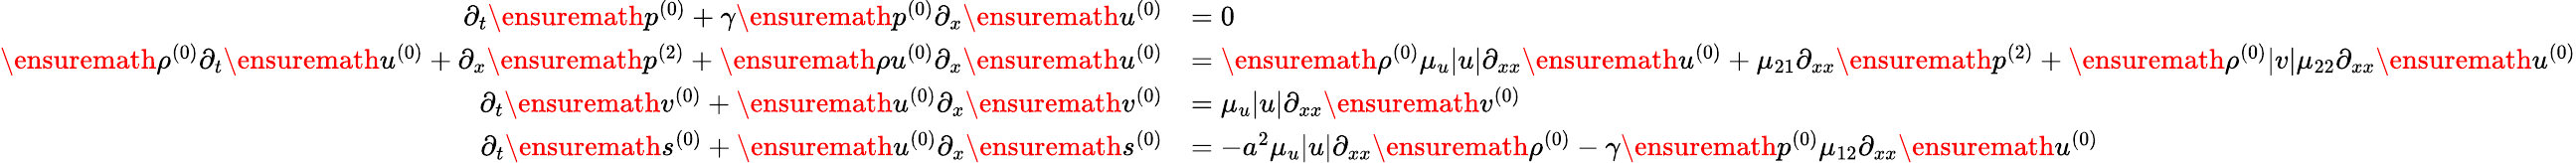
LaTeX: \begin{array}{rl}{\partial_{t}\ensuremath{p^{(0)}}+\gamma\ensuremath{p^{(0)}}\partial_{x}\ensuremath{u^{(0)}}}&{=0}\\ {\ensuremath{\rho^{(0)}}\partial_{t}\ensuremath{u^{(0)}}+\partial_{x}\ensuremath{p^{(2)}}+\ensuremath{\rho u^{(0)}}\partial_{x}\ensuremath{u^{(0)}}}&{=\ensuremath{\rho^{(0)}}\mu_{u}|u|\partial_{xx}\ensuremath{u^{(0)}}+\mu_{21}\partial_{xx}\ensuremath{p^{(2)}}+\ensuremath{\rho^{(0)}}|v|\mu_{22}\partial_{xx}\ensuremath{u^{(0)}}}\\ {\partial_{t}\ensuremath{v^{(0)}}+\ensuremath{u^{(0)}}\partial_{x}\ensuremath{v^{(0)}}}&{=\mu_{u}|u|\partial_{xx}\ensuremath{v^{(0)}}}\\ {\partial_{t}\ensuremath{s^{(0)}}+\ensuremath{u^{(0)}}\partial_{x}\ensuremath{s^{(0)}}}&{=-a^{2}\mu_{u}|u|\partial_{xx}\ensuremath{\rho^{(0)}}-\gamma\ensuremath{p^{(0)}}\mu_{12}\partial_{xx}\ensuremath{u^{(0)}}}\end{array}